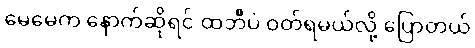
မေမေက နောက်ဆိုရင် ထဘီပဲ ဝတ်ရမယ်လို့ ပြောတယ်